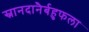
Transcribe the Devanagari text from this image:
स्नानदानैर्बहुफला